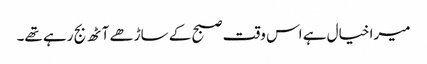
میرا خیال ہے اس وقت صبح کے ساڑھے آٹھ بج رہے تھے۔